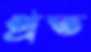
প্রত